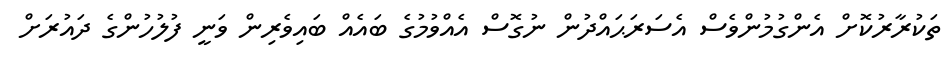
ތަކުރާރުކޮށް އެންގުމުންވެސް އެސަރަޙައްދުން ނުގޮސް އެއްވުމުގެ ބައެއް ބައިވެރިން ވަނީ ފުލުހުންގެ ދައުރަށް